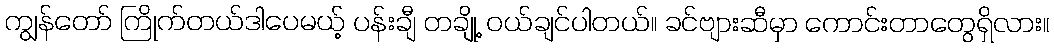
ကျွန်တော် ကြိုက်တယ်ဒါပေမယ့် ပန်းချီ တချို့ ဝယ်ချင်ပါတယ်။ ခင်ဗျားဆီမှာ ကောင်းတာတွေရှိလား။